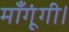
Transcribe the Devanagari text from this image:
माँगूंगी।